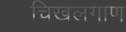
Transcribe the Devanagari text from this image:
चिखलगाण